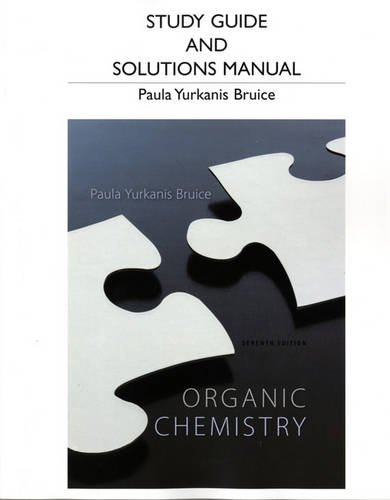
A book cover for Study Guide and Student's Solutions Manual for Organic Chemistry; Paula Yurkanis Bruice; Test Preparation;